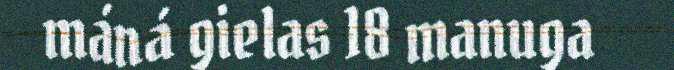
máná gielas 18 manuga